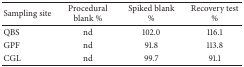
| Sampling site | Procedural blank % | Spiked blank % | Recovery test % |
 | --- | --- | --- | --- |
 | QBS | nd | 102.0 | 116.1 |
 | GPF | nd | 91.8 | 113.8 |
 | CGL | nd | 99.7 | 91.1 |